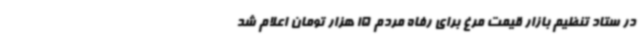
در ستاد تنظیم بازار قیمت مرغ برای رفاه مردم 15 هزار تومان اعلام شد